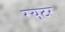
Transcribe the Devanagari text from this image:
रयूटर